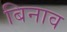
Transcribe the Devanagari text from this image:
बिनाव